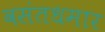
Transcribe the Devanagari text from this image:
वसंतधमार